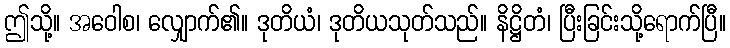
ဤသို့။ အဝေါစ၊ လျှောက်၏။ ဒုတိယံ၊ ဒုတိယသုတ်သည်။ နိဋ္ဌိတံ၊ ပြီးခြင်းသို့ရောက်ပြီ။